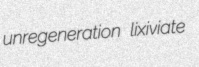
unregeneration lixiviate